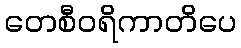
တေစီဝရိကာတိပေ